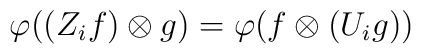
\varphi((Z_i f)\otimes g)=\varphi(f\otimes (U_i g))